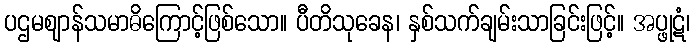
ပဌမဈာန်သမာဓိကြောင့်ဖြစ်သော။ ပီတိသုခေန၊ နှစ်သက်ချမ်းသာခြင်းဖြင့်။ အပ္ဖုဋံ၊